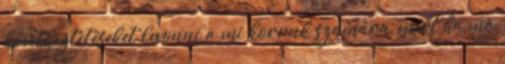
következtetéseket levonni a mi korunk számára, mert ha ma